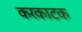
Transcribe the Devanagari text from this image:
करकाटक